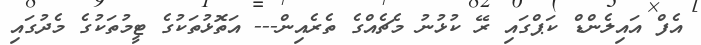
އެފް އައިލެންޑް ކަޕްގައި ރޭ ކުޅުނު މެޗެއްގެ ތެރެއިން--- އަތޮޅުތަކުގެ ޓީމުތަކުގެ މެދުގައި